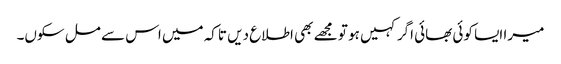
میرا ایسا کوئی بھائی اگر کہیں ہو تو مجھے بھی اطلاع دیں تاکہ میں اس سے مل سکوں۔